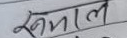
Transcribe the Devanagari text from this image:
रुमाल